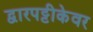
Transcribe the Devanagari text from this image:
द्वारपट्टीकेवर